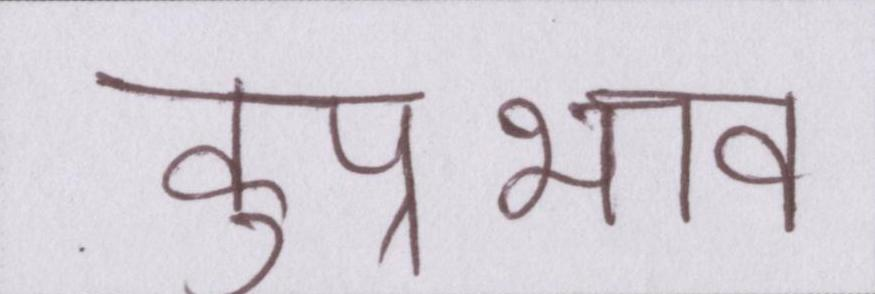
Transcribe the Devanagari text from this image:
कुप्रभाव